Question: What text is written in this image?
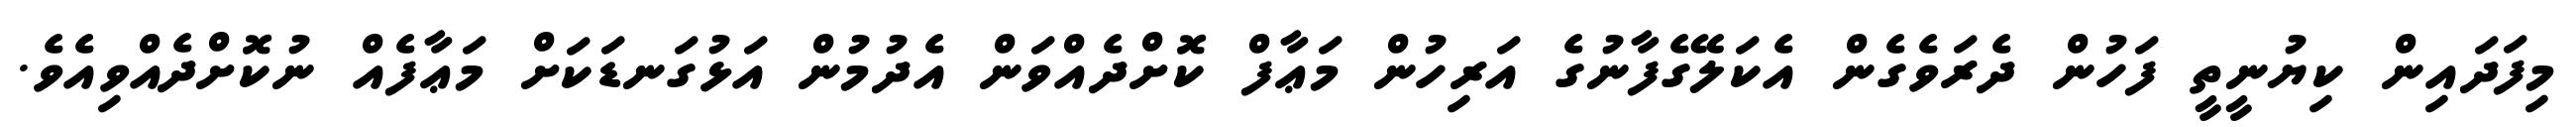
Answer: މިފަދައިން ކިޔުނީތީ ފަހުން ދެރަވެގެން އެކަލޭގެފާނުގެ އަރިހުން މަޢާފް ކޮށްދެއްވަން އެދުމުން އަޅުގަނޑަކަށް މަޢާފެއް ނުކޮށްދެއްވިއެވެ.